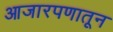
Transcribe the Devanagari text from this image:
आजारपणातून